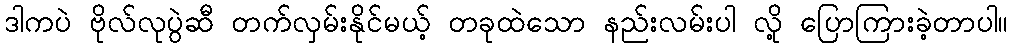
ဒါကပဲ ဗိုလ်လုပွဲဆီ တက်လှမ်းနိုင်မယ့် တခုထဲသော နည်းလမ်းပါ လို့ ပြောကြားခဲ့တာပါ။